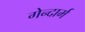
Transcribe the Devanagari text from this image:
गेन्दार्म